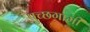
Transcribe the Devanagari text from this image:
पुच्छगामी